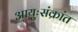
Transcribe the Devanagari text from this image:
आयुःसंक्रांत